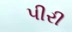
પીરી